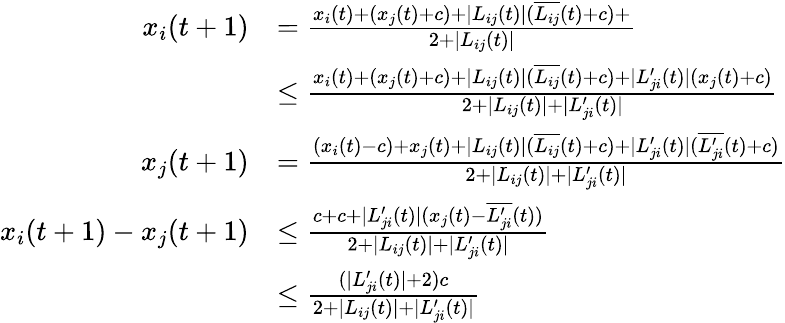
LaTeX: \begin{array}{rl}{x_{i}(t+1)}&{=\frac{x_{i}(t)+(x_{j}(t)+c)+|L_{ij}(t)|(\overline{{L_{ij}}}(t)+c)+}{2+|L_{ij}(t)|}}\\ &{\leq\frac{x_{i}(t)+(x_{j}(t)+c)+|L_{ij}(t)|(\overline{{L_{ij}}}(t)+c)+|L_{ji}^{\prime}(t)|(x_{j}(t)+c)}{2+|L_{ij}(t)|+|L_{ji}^{\prime}(t)|}}\\ {x_{j}(t+1)}&{=\frac{(x_{i}(t)-c)+x_{j}(t)+|L_{ij}(t)|(\overline{{L_{ij}}}(t)+c)+|L_{ji}^{\prime}(t)|(\overline{{L_{ji}^{\prime}}}(t)+c)}{2+|L_{ij}(t)|+|L_{ji}^{\prime}(t)|}}\\ {x_{i}(t+1)-x_{j}(t+1)}&{\leq\frac{c+c+|L_{ji}^{\prime}(t)|(x_{j}(t)-\overline{{L_{ji}^{\prime}}}(t))}{2+|L_{ij}(t)|+|L_{ji}^{\prime}(t)|}}\\ &{\leq\frac{(|L_{ji}^{\prime}(t)|+2)c}{2+|L_{ij}(t)|+|L_{ji}^{\prime}(t)|}}\end{array}